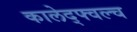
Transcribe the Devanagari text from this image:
कालेद्फ्वल्च